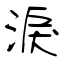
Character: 淚